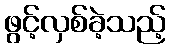
ဖွင့်လှစ်ခဲ့သည့်